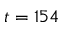
t = 1 5 4